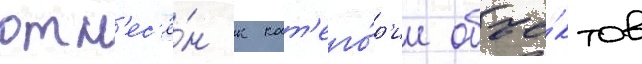
отн'ес'ё́н к кат'его́р'ии объе́ктов